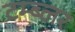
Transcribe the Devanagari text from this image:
टम्ब्लर